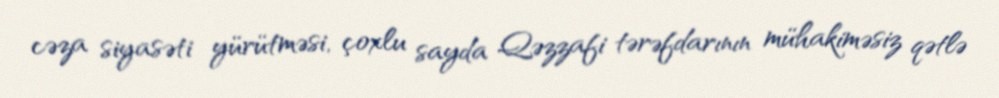
cəza siyasəti yürütməsi, çoxlu sayda Qəzzafi tərəfdarının mühakiməsiz qətlə